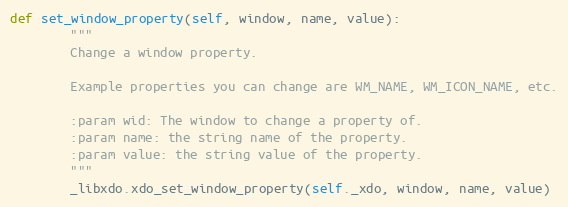
Language: Python
def set_window_property(self, window, name, value):
        """
        Change a window property.

        Example properties you can change are WM_NAME, WM_ICON_NAME, etc.

        :param wid: The window to change a property of.
        :param name: the string name of the property.
        :param value: the string value of the property.
        """
        _libxdo.xdo_set_window_property(self._xdo, window, name, value)